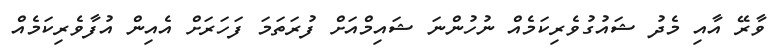
ވާރޭ އާއި މެދު ޝައުގުވެރިކަމެއް ނުހުންނަ ޝައިމްއަށް ފުރަތަމަ ފަހަރަށް އެއިން އުފާވެރިކަމެއް